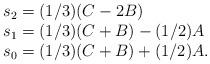
LaTeX: \begin{align*}\begin{array}{l} s_2=(1/3)(C-2B)\\ s_1=(1/3)(C+B)-(1/2)A \\ s_0=(1/3)(C+B)+(1/2)A. \end{array}\end{align*}